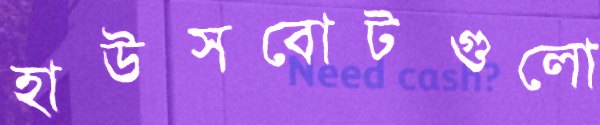
হাউসবোটগুলো